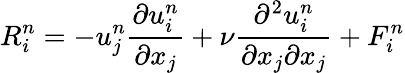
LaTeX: R_{i}^{n}=-u_{j}^{n}\frac{\partial u_{i}^{n}}{\partial x_{j}}+\nu\frac{\partial^{2}u_{i}^{n}}{\partial x_{j}\partial x_{j}}+F_{i}^{n}